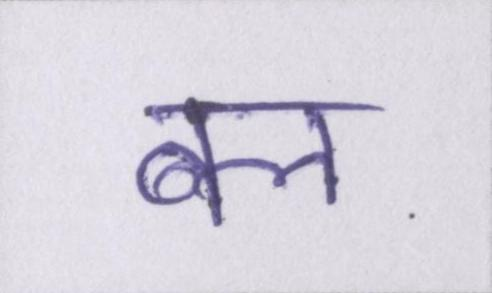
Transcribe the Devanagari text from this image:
बल